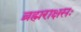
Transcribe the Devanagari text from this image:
ब्रह्मराक्षसः